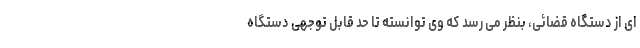
ای از دستگاه قضائی، بنظر می رسد که وی توانسته تا حدّ قابل توجهی دستگاه